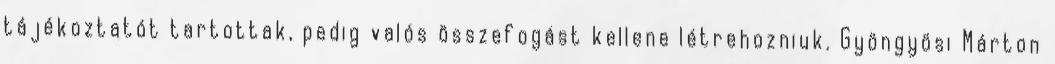
tájékoztatót tartottak, pedig valós összefogást kellene létrehozniuk. Gyöngyösi Márton